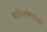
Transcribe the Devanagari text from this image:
भाषिकांमध्येही